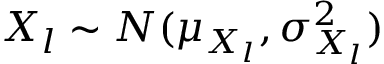
X _ { l } \sim N ( \mu _ { X _ { l } } , \sigma _ { X _ { l } } ^ { 2 } )